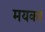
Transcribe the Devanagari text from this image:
मयकर